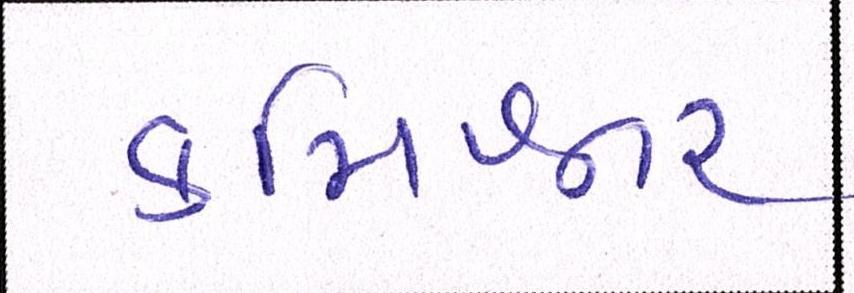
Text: કમિશ્નર